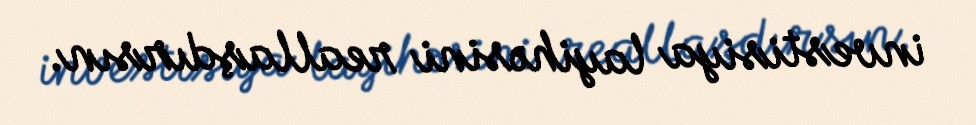
investisiya layihəsini reallaşdırsın.